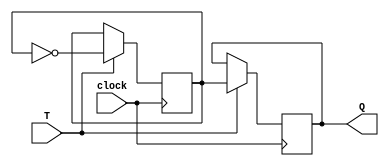
module T_latch (
    input wire T,
    input wire clock,
    output reg Q
);

reg toggle;

always @(posedge clock) begin
    if(T == 1'b1) begin
        toggle <= ~toggle;
    end
end

always @(negedge clock) begin
    if(T == 1'b1) begin
        Q <= toggle;
    end
end

endmodule